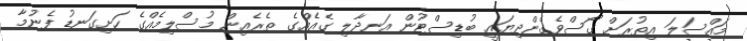
މައްސަލަ އިތުރަށް ގޯސްވެގެންދިޔައީ ބުޑިސްޓުން އަނދާލި ގެއެއްގެ ތެރެއިން މުސްލިމެއްގެ ހަށިގަނޑު ފެނުމާ